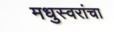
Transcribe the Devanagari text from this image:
मधुस्वरांचा